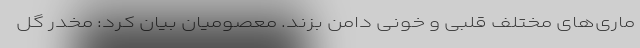
ماری‌های مختلف قلبی و خونی دامن بزند. معصومیان بیان کرد: مخدر گل